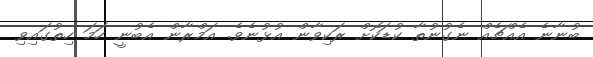
ބުނާނެ އެއްޗެއް ނެގުނުތާ ކުޑަކޮށް ރަކިވާން އުޅުނެވެ. އަމްރާން އެބުނީ ހަމަ ހިތުގައިވި